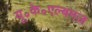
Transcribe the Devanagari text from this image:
यू॰के॰एल्बमज़